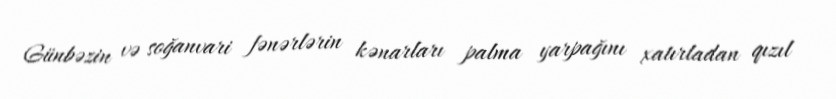
Günbəzin və soğanvari fənərlərin kənarları palma yarpağını xatırladan qızıl